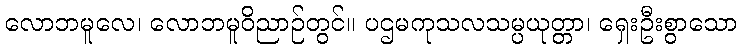
လောဘမူလေ၊ လောဘမူဝိညာဉ်တွင်။ ပဌမကုသလသမ္ပယုတ္တာ၊ ရှေးဦးစွာသော